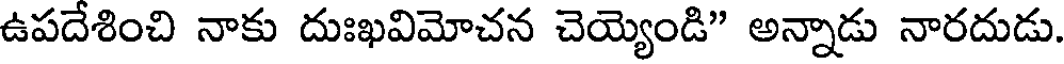
ఉపదేశించి నాకు దుఃఖవిమోచన చెయ్యెండి" అన్నాడు నారదుడు.